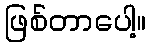
ဖြစ်တာပေါ့။